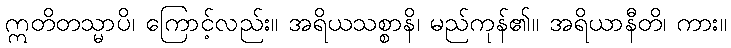
ဣတိတသ္မာပိ၊ ကြောင့်လည်း။ အရိယသစ္စာနိ၊ မည်ကုန်၏။ အရိယာနီတိ၊ ကား။